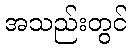
အသည်းတွင်